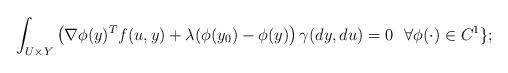
LaTeX: \begin{align*} \ \int_{U\times Y}\left(\nabla \phi(y)^Tf(u,y)+ \lambda(\phi(y_0)-\phi(y)\right)\gamma(dy,du)=0 \ \ \forall \phi(\cdot)\in C^1\};\end{align*}